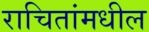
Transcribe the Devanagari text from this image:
राचितांमधील